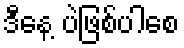
ဒီနေ့ ပဲဖြစ်ပါစေ